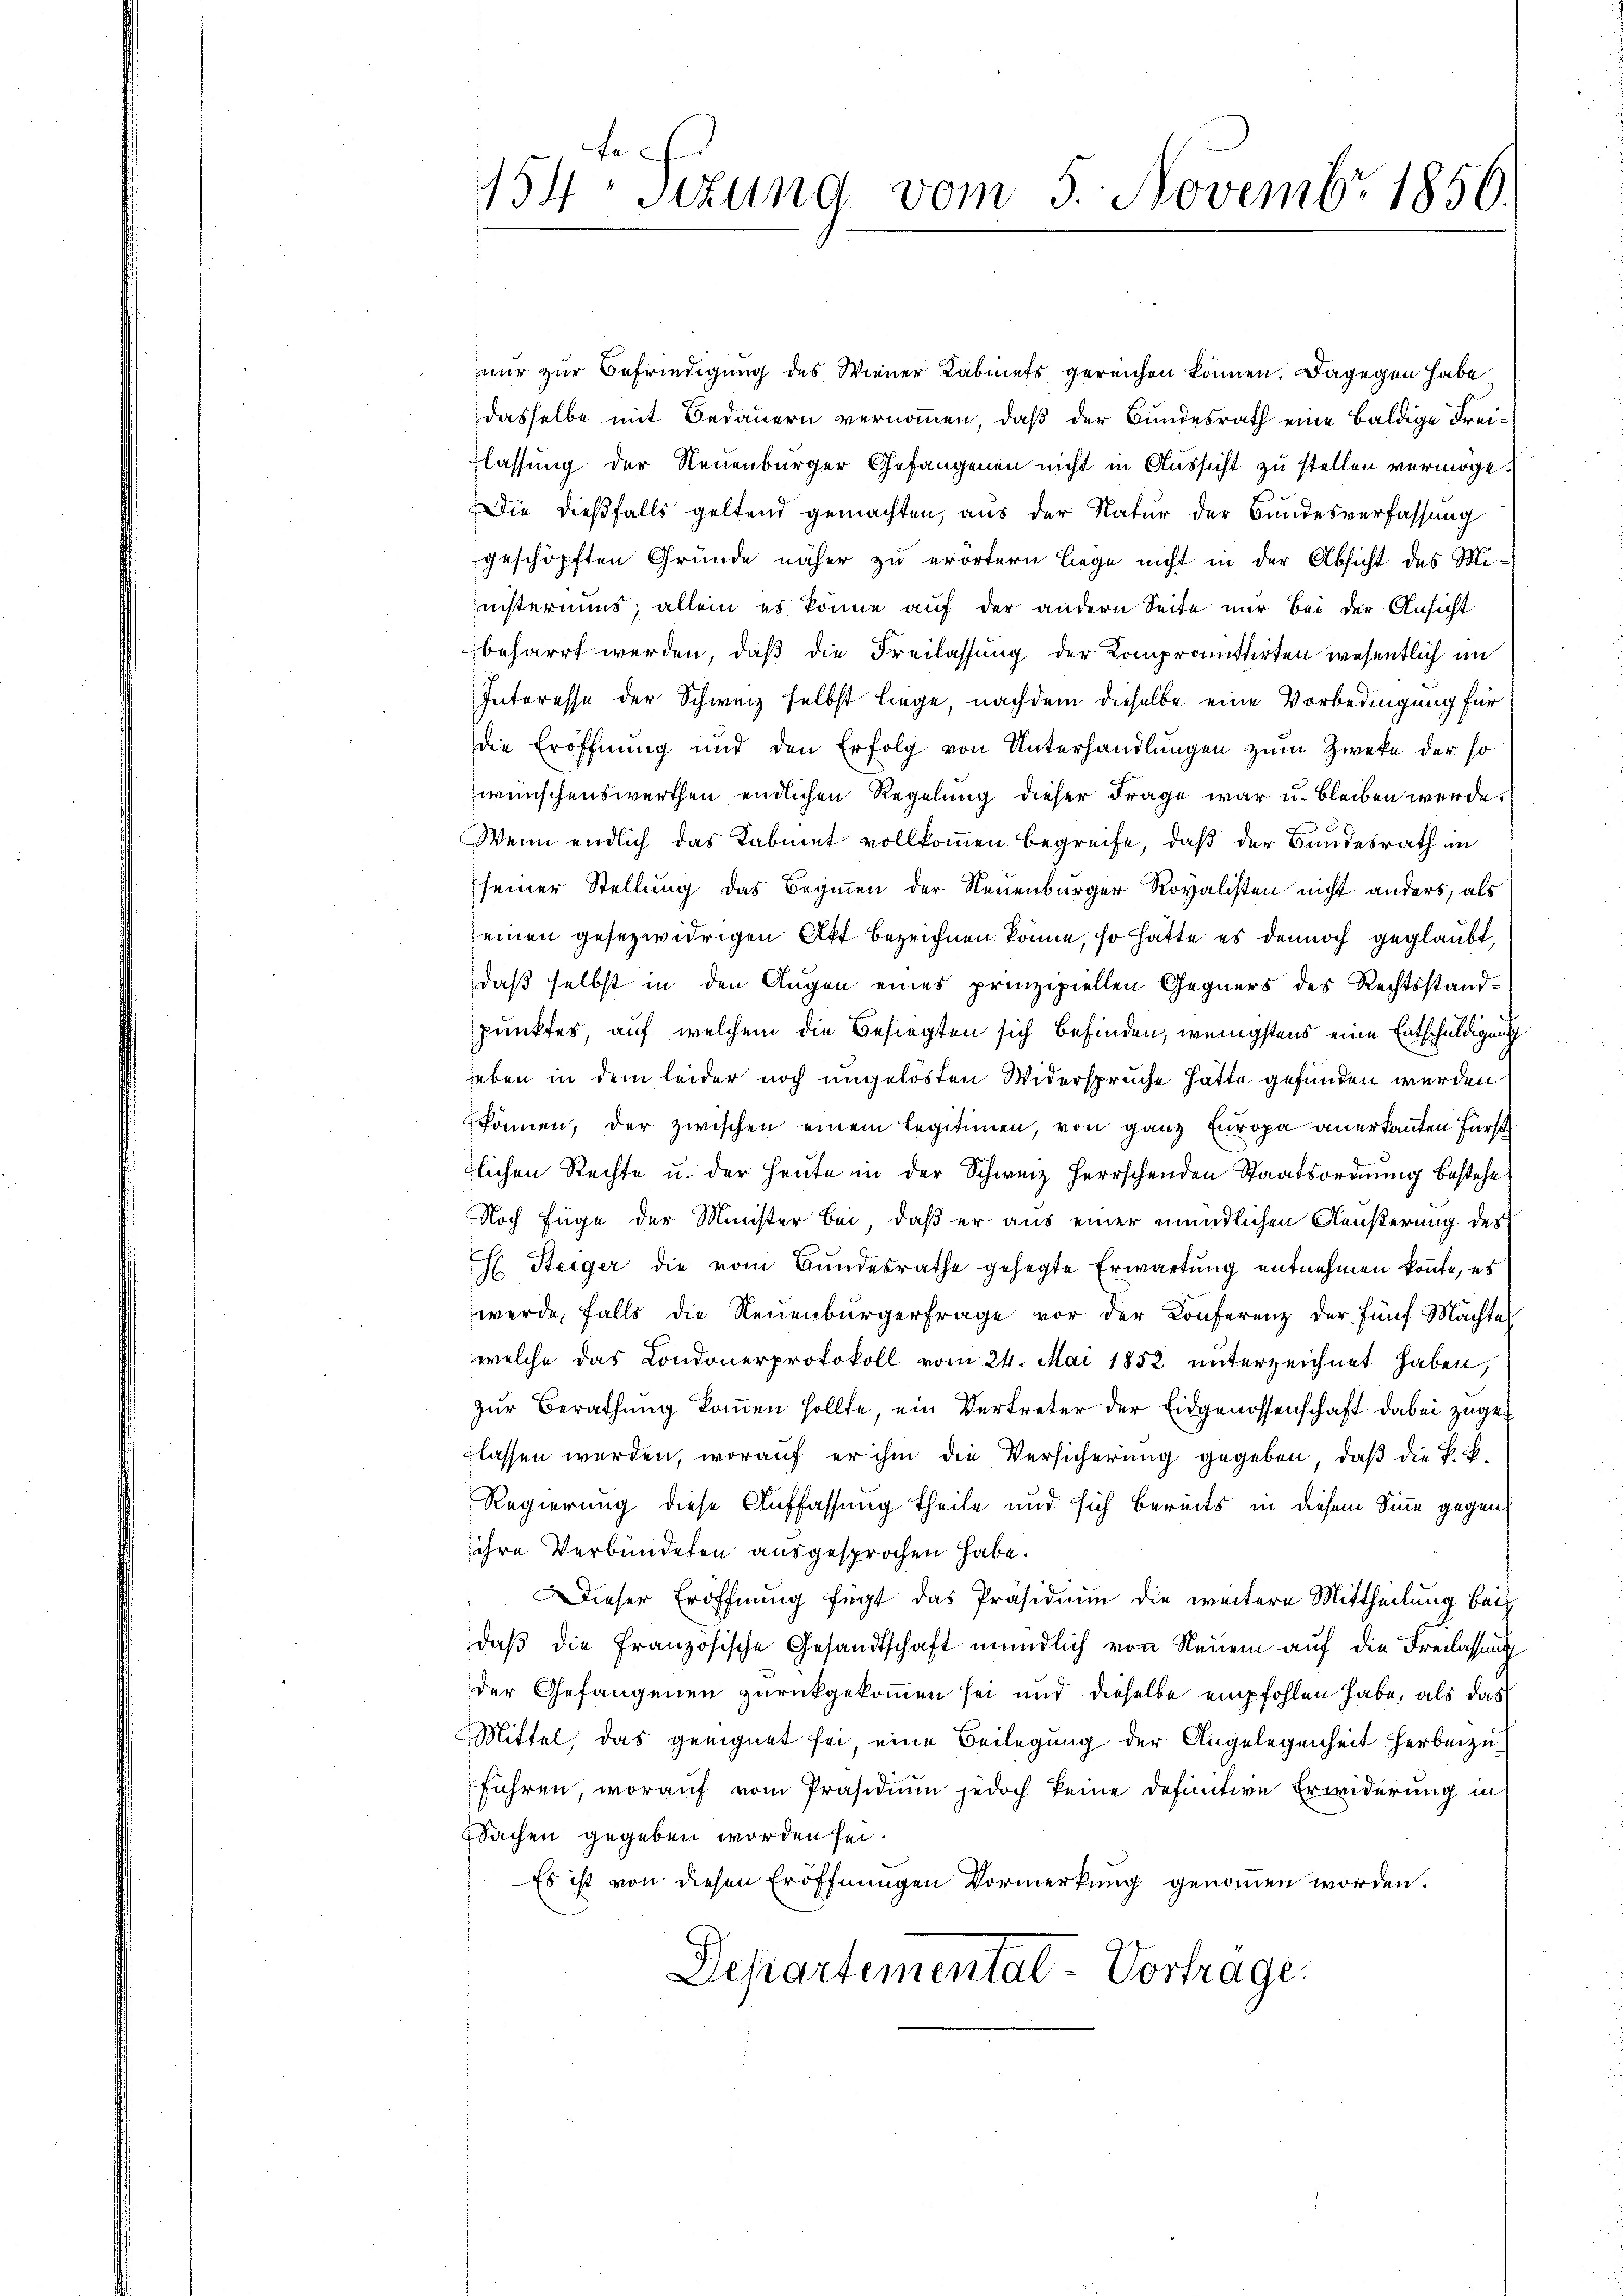
nur zur Befriedigung des Wiener Kabinets gereichen können. Dagegen habe
dasselbe mit Bedauern vernommen, daß der Bundesrath eine baldige Freilassung der Neuenburger Gefangenen nicht in Aussicht zu stellen vermöge.
Die dießfalls geltend gemachten, aus der Natur der Bundesverfassung
geschöpften Gründe näher zu erörtern lege nicht in der Absicht des Ministeriums, allein es könne auf der andern Seite nur bei der Ansicht
beharrt werden, daß die Freilassung der Kompromittirten wesentlich im
Interesse der Schweiz selbst liege, nachdem dieselbe eine Vorbedingung für
die Eröffnung und den Erfolg von Unterhandlungen zum Zweke der so
wünschenswerthen endlichen Regelung dieser Frage war u. bleiben werde.
Wenn endlich das Kabinet vollkommen begreife, daß der Bundesrath in
seiner Stellung das Beginnen der Neuenburger Rovalisten nicht anders, als
einen gesezwidrigen Akt bezeichnen könne, so hatte es dennoch geglaubt,
daß selbst in den Augen eines prinzipiellen Gegners des Rechtsstandpunktes, auf welchem die Besiegten sich befinden, wenigstens eine Entschuldigung
eben in dem leider noch ungelösten Widersprüche hätte gefunden werden
können, der zwischen einem Legitimen, von ganz Europa anerkannten Fürst
flichen Rechte u. der Heute in der Schweiz herrschenden Staatsordnung bestehe
Noch füge der Minister bei, daß er aus einer mündlichen Aeußerung des
E Steiger die vom Bundesrathe gehegte Erwartung entnehmen könnte, es
werde, falls die Neuenburgerfrage vor der Konferenz der fünf Machte
welche das Londonerprotokoll vom 24. Mai 1852 unterzeichnet haben,
zur Berathung kommen sollte, ein Vertreter der Eidgenossenschaft dabei zugelassen werden, worauf er ihm die Versicherung gegeben, daß die Bib-
Regierung diese Auffassung theile und sich bereits in diesem Sinne gegen
ihre Verbündeten ausgesprochen habe.
Dieser Eröffnung fügt das Präsidium die weitere Mittheilung bei
daβ die französische Gesandtschaft mündlich von Neuem auf die Freilassung
der Gefangenen zurückgekommen sei und dieselbe empfohlen habe, als das
Mittel, das geeignet sei eine Beilegung der Angelegenheit herbeizuführen, worauf vom Präsidium jedoch keine definitive Erwiderung in
Sachen gegeben worden sei.
Es ist von diesen Eröffnungen Vormerkung genommen worden.
Departemental-Vortrage.

t.
154 sizung vom 5. Novembr 1856.